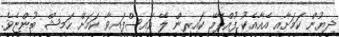
ދިޔުން ކަމަށާއި އެއާއެކު ފުއްޕާމޭ ކައިރިން ލޭ އައިސްފައިވާ ކަމަށް ހަމީޝް ބުންޏެވެ.